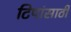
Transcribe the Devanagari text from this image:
टिपांसाठी